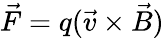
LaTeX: {\vec{F}}=q({\vec{v}}\times{\vec{B}})